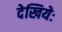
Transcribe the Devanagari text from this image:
देखियेः